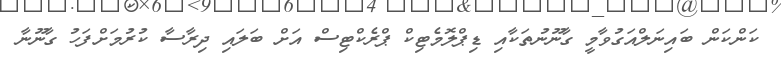
ކަންކަން ބައިނަލްއަގުވާމީ ގާނޫނުތަކާއި ޑިޕްލޮމެޓިކް ޕްރެކްޓިސް އަށް ބަލައި ދިރާސާ ކުރުމަށްފަހު ގާނޫނާ